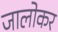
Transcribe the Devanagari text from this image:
जालोकर